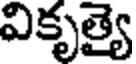
వికృత్యై